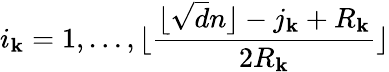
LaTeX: i_{\mathbf{k}}=1,\dots,\lfloor\frac{{\lfloor\sqrt{{d}}{{n}}\rfloor-j_{\mathbf{k}}+R_{\mathbf{k}}}}{{2R_{\mathbf{k}}}}\rfloor